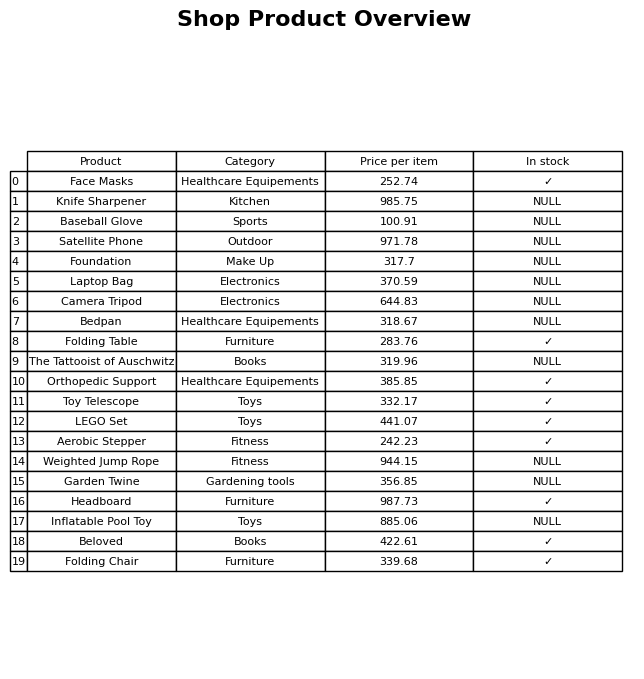
question: What is the price for Beloved?
answer: The price of Beloved is 422.61.